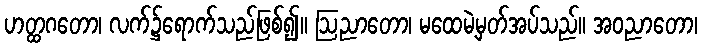
ဟတ္ထဂတော၊ လက်၌ရောက်သည်ဖြစ်၍။ ဩညာတော၊ မထေမဲ့မှတ်အပ်သည်။ အဝညာတော၊